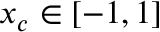
x _ { c } \in [ - 1 , 1 ]